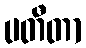
ပတီတာ